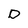
Character: D